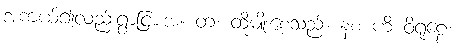
အကယ်၍လည်းရွာငြားအံ့။ တံ၊ ထိုမျိုးစေ့သည်။ နစ ဟိ ဝိရုဠေ၊